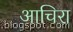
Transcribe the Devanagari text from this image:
आचिरा